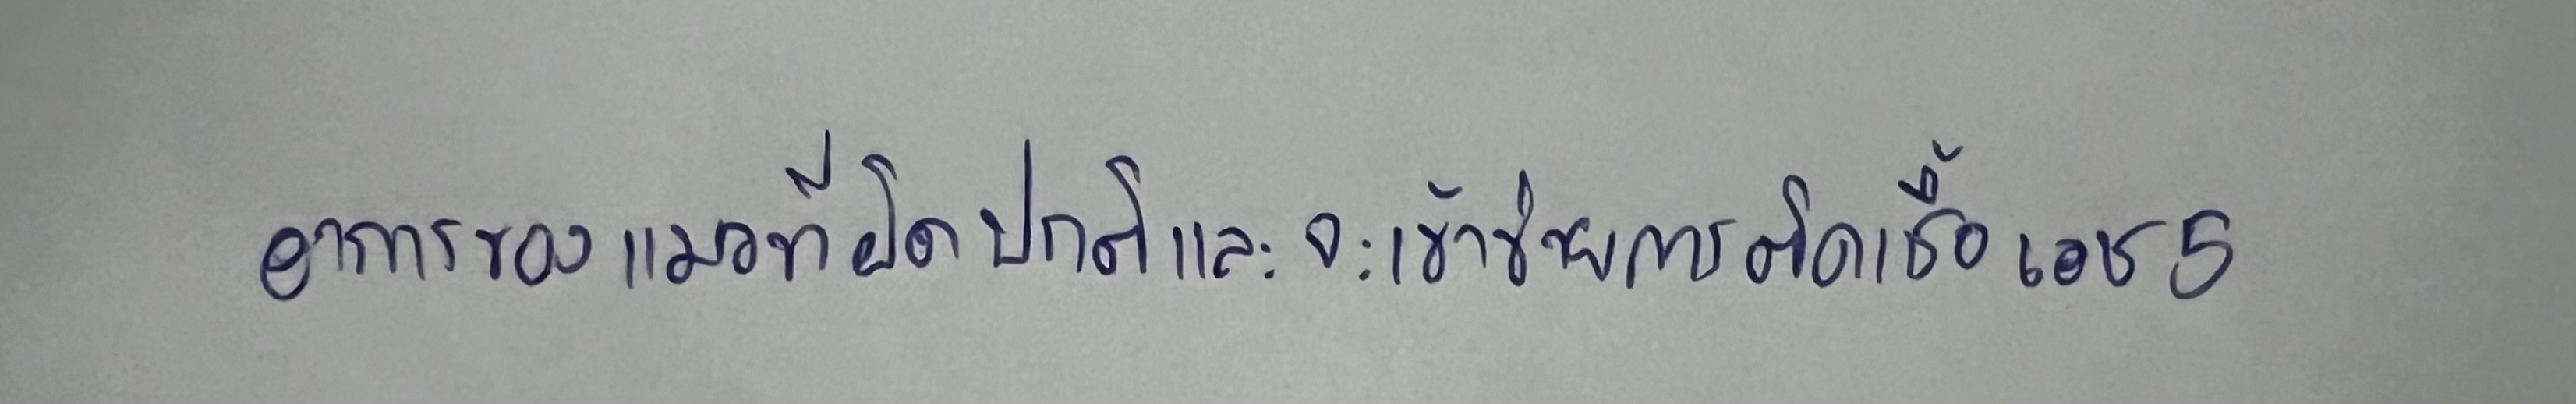
อาการของแมวที่ผิดปกติและจะเข้าข่ายการติดเชื้อเอช5